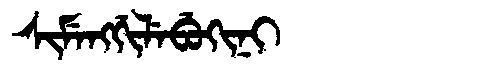
Manchu: ᠰᡳᠮᡝᠩᡤᡳᠯᡝᠪᡠᡴᡳᠨᡳ
Romanization: SIMENGGILEBUKINI